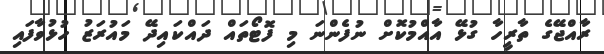
ރާއްޖޭގެ ތާރީހާ ގުޅޭ އާއްމުކޮށް ނުފެންނަ މި ފޮޓޯތައް ދައްކައިދޭ މައުރަޒު ހުޅުވާފައި